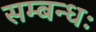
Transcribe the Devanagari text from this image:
सम्बन्धः